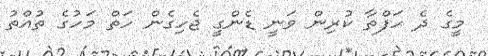
މީގެ ދެ ހަފްތާ ކުރިން ވަނީ ޑެންގީ ޖެހިގެން ހަތް މަހުގެ ތުއްތު